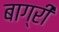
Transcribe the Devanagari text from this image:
बाग्री